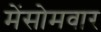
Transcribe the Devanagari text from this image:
मेंसोमवार